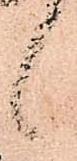
候